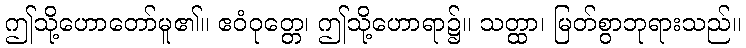
ဤသို့ဟောတော်မူ၏။ ဧဝံဝုတ္တေ၊ ဤသို့ဟောရာ၌။ သတ္ထာ၊ မြတ်စွာဘုရားသည်။